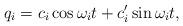
LaTeX: \begin{align*} q_i = c_i \cos \omega_i t + c'_i \sin \omega_i t ,\end{align*}